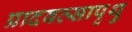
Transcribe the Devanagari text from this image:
प्रादवत्सापृथु